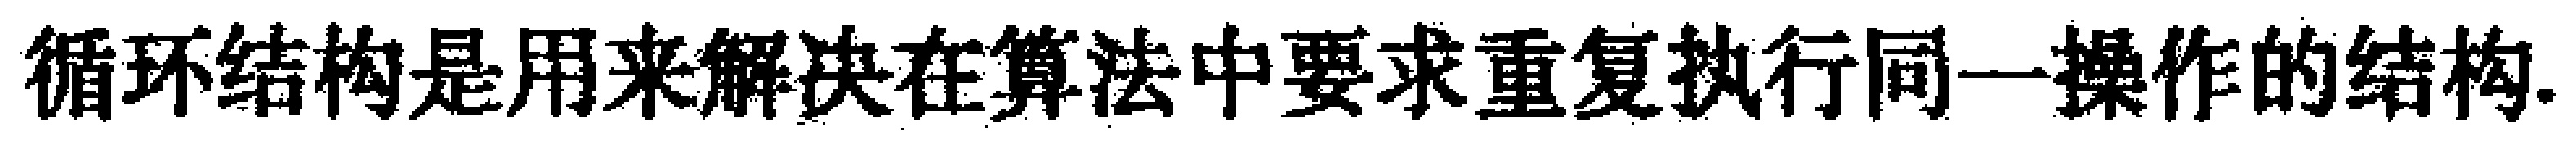
循环结构是用来解决在算法中要求重复执行同一操作的结构.